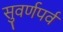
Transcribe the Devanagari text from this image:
सुवर्णपर्व